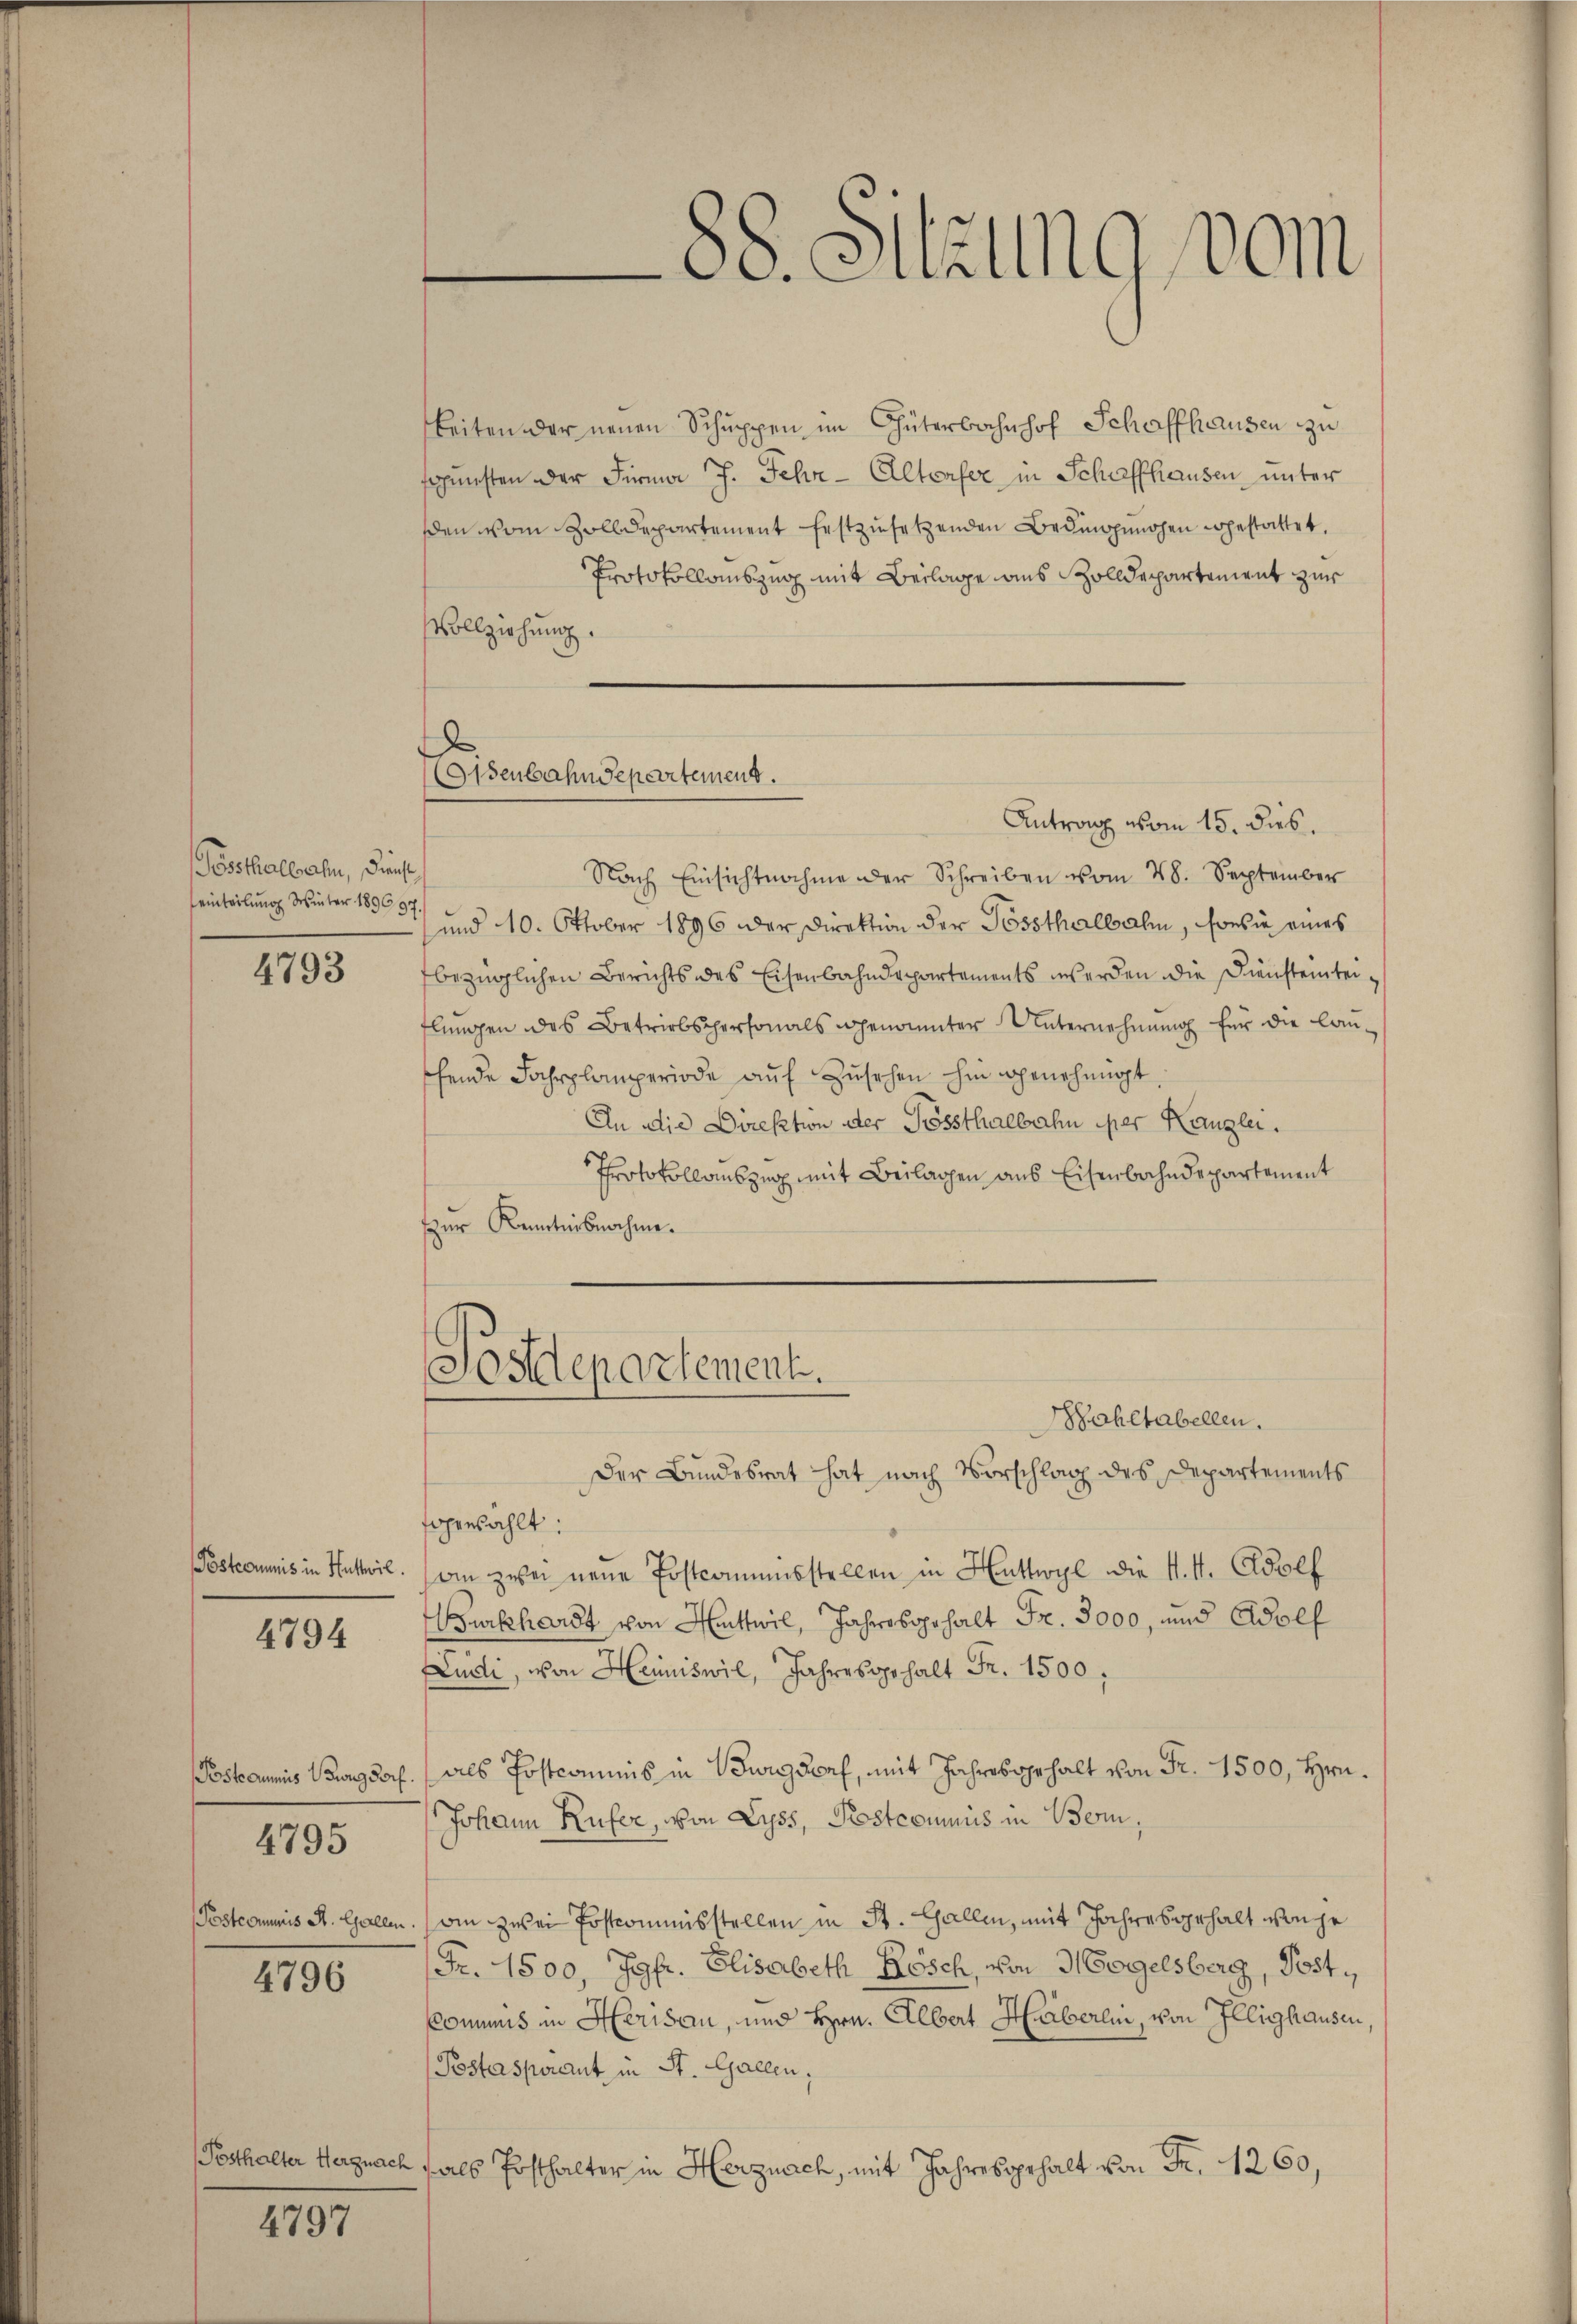
össthalbahn, Dienst
einteilung Winter 189697.

4793

Pöstcommis in Huthwil.

4794

Postcommis Bowig Porf.
Postcommis St. Gallen.

4795

4796

Posthalter Hergnach

4797

88. Sitzung vom

Eisenbahndepartement.
Antrag vom 15. dies.

keiten der neuen Schuppen im Güterbahnhof Schaffhausen zu
sgunsten der Firma J. Fehr-Altorfer, in Schaffhausen unter
sden vom Zolldepartement festzusetzenden Bedingenohen gestattet.
Protokollauszug mit Beilage aus Zolldepartement zur
Vollziehung.
Nach Einsichtnahme der Schreiben vom 28. September
und 10. Oktober 1896 der Direktion der Possthalbahn, sowie eines
bezüglichen Berichts des Eisenbahndepartements werden die Diensteinten,
flungen des Betriebspersonals genannter Unternehmung für die lauschende Fahrplamperiode auf Zusehen hingenehmigt
An die Direktion der Grössthalbahn per Kanzlei.
Protokollauszug mit Beilagen aus Eisenbahndepartement
zur Kenntnisnahme.
Systepartement.
Wohltabellen.
Der Bundesrat hat nach Vorschlag des Departements
enzählt:
ain zwei neue Postcommisstellen in Huttwyl die K. A. Adolf
Burkhardt von Mittwil, Jahresgehalt Fr. 3000, und Adolf
Ludi, von Heiniswil, Jahresgehalt Fr. 1500,
als Postcommis in Burgdorf, mit Jahresgehalt von Fr. 1500, Hrn.
Johann Rufer, von Lyss, Postcommis in Bern,
ain zwei Postcommisstellen in St. Gallen, mit Jahres gehalt von je
Fr. 1500, Jgfr. Elisabeth Rösch, von Mogelsberg, Post.
Commis in Herisau, und Hrn. Albert Häberlin, von Illighausen
Postaspirant in St. Gallen;
fals Posthalter in Herznach, mit Jahresgehalt von Fr. 1260,